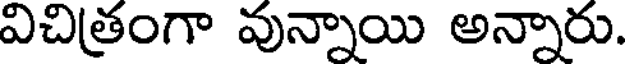
విచిత్రంగా వున్నాయి అన్నారు.